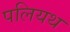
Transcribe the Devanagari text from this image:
पलियथ